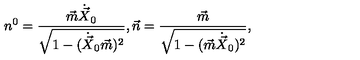
n ^ { 0 } = \frac { \vec { m } \dot { \vec { X } } _ { 0 } } { \sqrt { 1 - ( \dot { \vec { X } } _ { 0 } \vec { m } ) ^ { 2 } } } , \vec { n } = \frac { \vec { m } } { \sqrt { 1 - ( \vec { m } \dot { \vec { X } } _ { 0 } ) ^ { 2 } } } ,